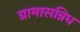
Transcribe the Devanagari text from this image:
ग्रामासन्निध